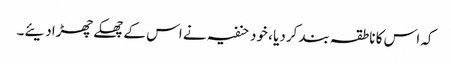
کہ اس کا ناطقہ بند کردیا ، خود حنفیہ نے اس کے چھکے چھڑادیئے۔